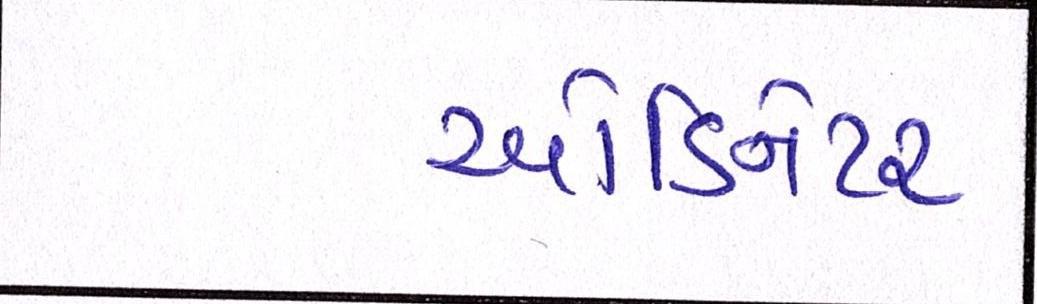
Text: ઓર્ડિનેટર